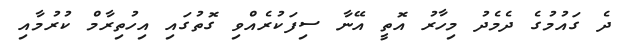
ދެ ގައުމުގެ ދެމެދު މިހާރު އޮތީ އޭނާ ސިފަކުރެއްވި ގޮތުގައި އިހުތިރާމްް ކުރުމާއި